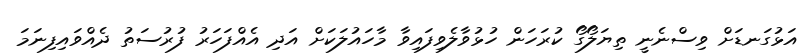
އަޅުގަނޑަށް ވިސްނެނީ ތިޔަލޯގޯ ކުރަހަން ހުޅުވާލެވިފައިވާ މާހައުލަކަށް އަދި އެއްފަހަރު ފުރުސަތު ދެއްވައިފިނަމަ